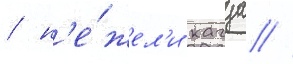
/ н'е́жел'и кагуа //